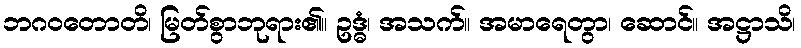
ဘဂဝတောတိ၊ မြတ်စွာဘုရား၏။ ဥဒ္ဓံ၊ အသက်။ အမာရေတွာ၊ ဆောင်။ အဋ္ဌာသိ၊